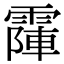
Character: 𩄛